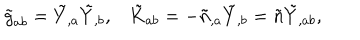
LaTeX: \tilde { g } _ { a b } = \tilde { Y } _ { , a } \tilde { Y } _ { , b } , \tilde { K } _ { a b } = - \tilde { n } _ { , a } \tilde { Y } _ { , b } = \tilde { n } \tilde { Y } _ { , a b } ,